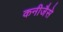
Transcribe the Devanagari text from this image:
कनीजैसे